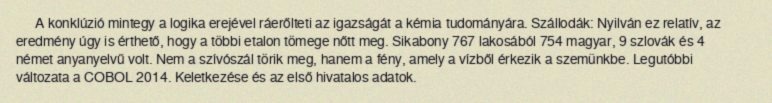
A konklúzió mintegy a logika erejével ráerőlteti az igazságát a kémia tudományára. Szállodák: Nyilván ez relatív, az eredmény úgy is érthető, hogy a többi etalon tömege nőtt meg. Sikabony 767 lakosából 754 magyar, 9 szlovák és 4 német anyanyelvű volt. Nem a szívószál törik meg, hanem a fény, amely a vízből érkezik a szemünkbe. Legutóbbi változata a COBOL 2014. Keletkezése és az első hivatalos adatok.